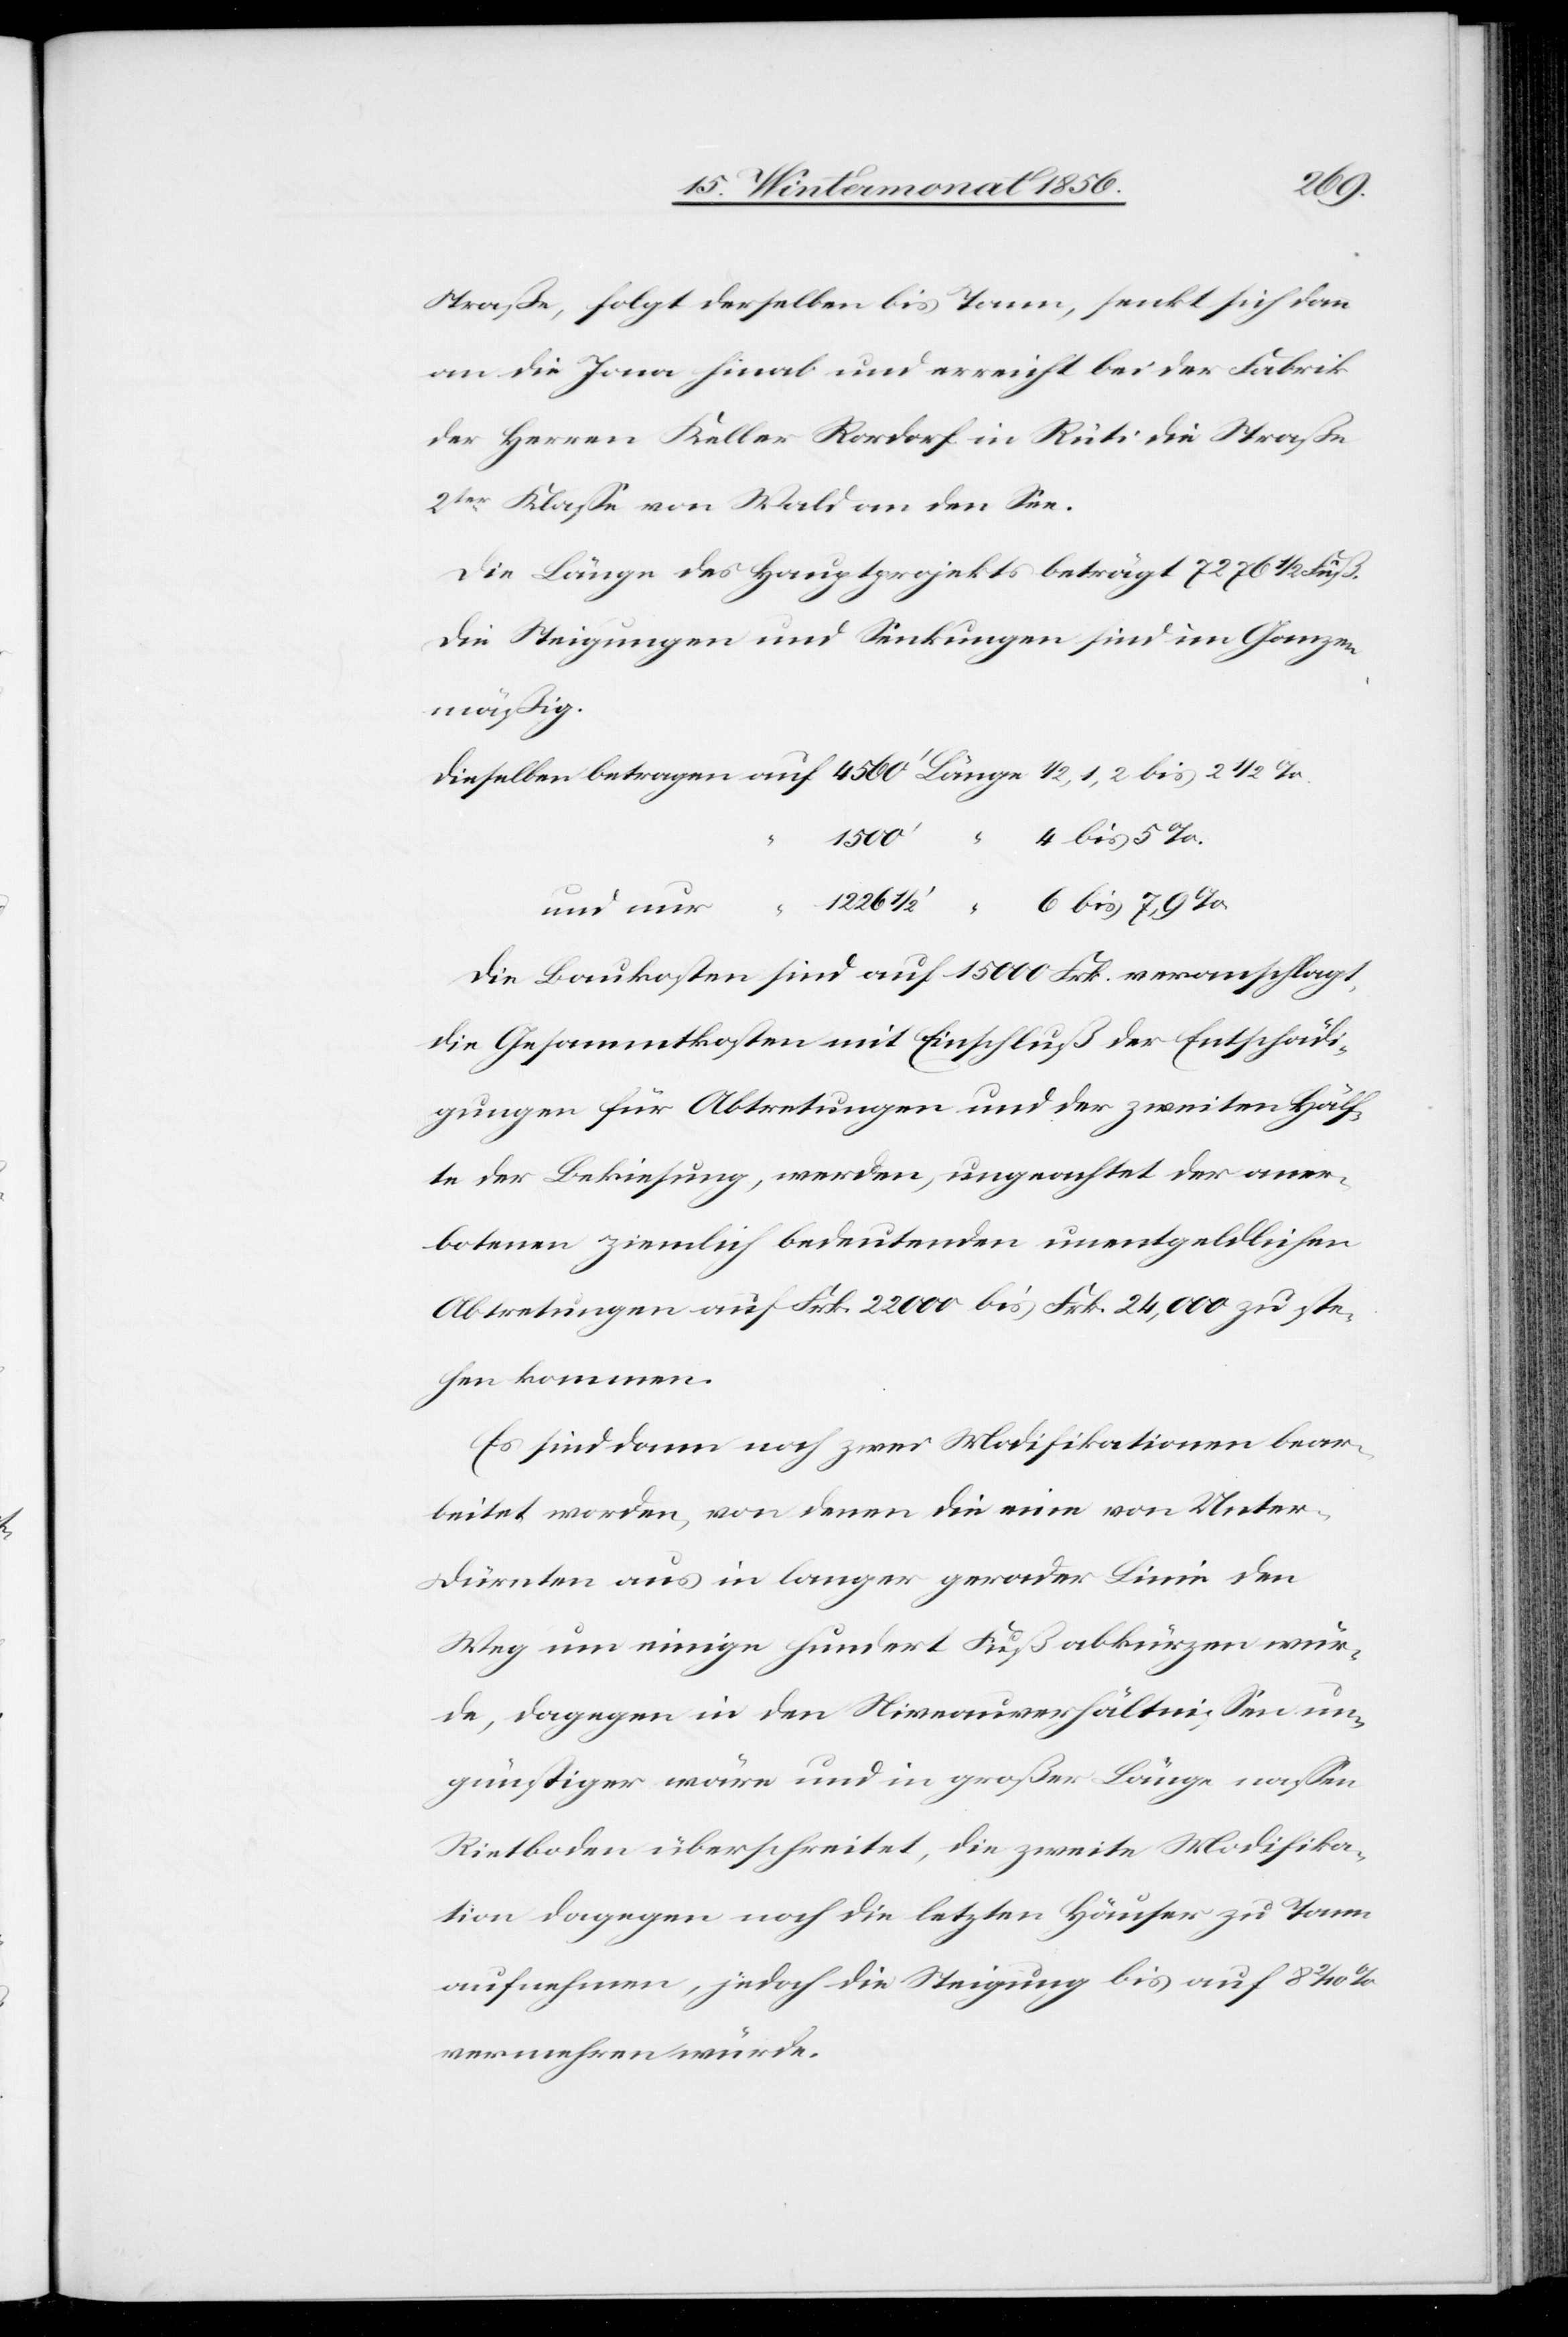
Straße, folgt derselben bis Tann, senkt sich dann
an die Jona hinab und erreicht bei der Fabrik
der Herren Keller Rordorf in Rüti die Straße
2ter Klasse von Wald an den See.
Die Länge des Hauptprojekts beträgt 7276 ½ Fuß.
Die Steigungen und Senkungen sind im Ganzen
mäßig.
Dieselben betragen auf 4560' Länge ½, 1, 2 bis 2 ½
bis
1226 ½' “	 6 bis 7,9%
Die Baukosten sind auf 15 000 Frk. veranschlagt,
die Gesammtkosten mit Einschluß der Entschädi¬
gungen für Abtretungen und der zweiten Hälf¬
te der Bekiesung, werden, ungeachtet der aner¬
botenen ziemlich bedeutenden unentgeldlichen
Abtretungen auf Frk. 22 000 bis Frk. 24,000 zu ste¬
hen kommen.
Es sind dann noch zwei Modifikationen bear¬
beitet worden, von denen die eine von Unter-D¬
ürnten aus in langer gerader Linie den
Weg um einige hundert Fuß abkürzen wür¬
de, dagegen in den Niveauverhältnissen un¬
günstiger wäre und in großer Länge nassen
Rietboden überschreitet, die zweite Modifika¬
tion dagegen noch die letzten Häuser zu Tann
aufnehmen, jedoch die Steigung bis auf 8 2/10
vermehren würde.